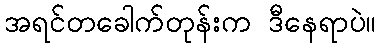
အရင်တခေါက်တုန်းက ဒီနေရာပဲ။